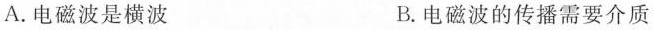
A.电磁波是横波 B.电磁波的传播需要介质